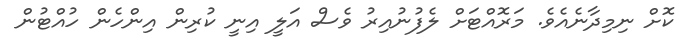
ކޮށް ނިމިދާނެއެވެ. މަރޮއްޓަށް ލެފުނުއިރު ވެސް އަލީ އިނީ ކުރިން އިންހެން ހުއްޓުން